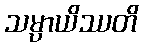
သမ္ပာယိဿတိ